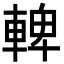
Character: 䡟